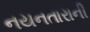
નયનતારાની